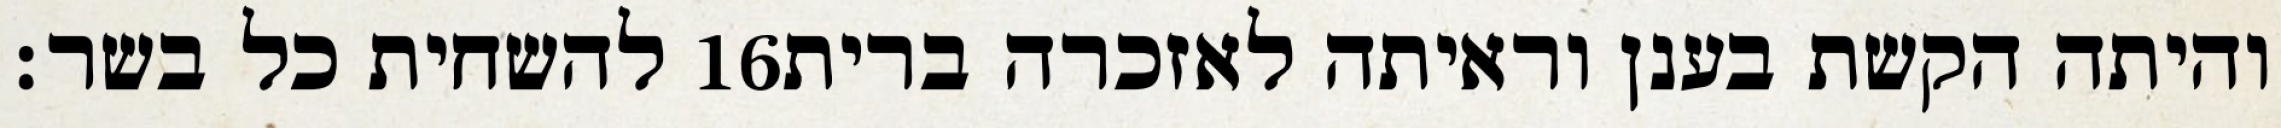
להשחית כל בשר׃ ‎16‏ והיתה הקשת בענן וראיתה לאזכרה ברית